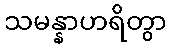
သမန္နာဟရိတွာ